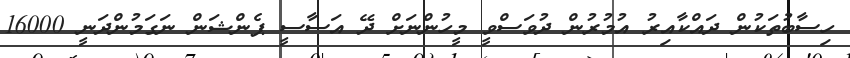
ހިސާބުތަކުން ދައްކާއިރު އުމުރުން ދުވަސްވީ މީހުންނަށް ދޭ އަސާސީ ޕެންޝަން ނަގަމުންދަނީ 16000